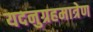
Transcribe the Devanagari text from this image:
यदनुग्रहमात्रेण